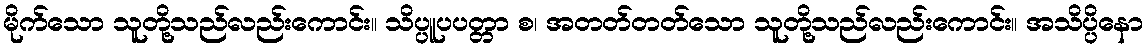
မိုက်သော သူတို့သည်လည်းကောင်း။ သိပ္ပူပပတ္တာ စ၊ အတတ်တတ်သော သူတို့သည်လည်းကောင်း။ အသိပ္ပိနော